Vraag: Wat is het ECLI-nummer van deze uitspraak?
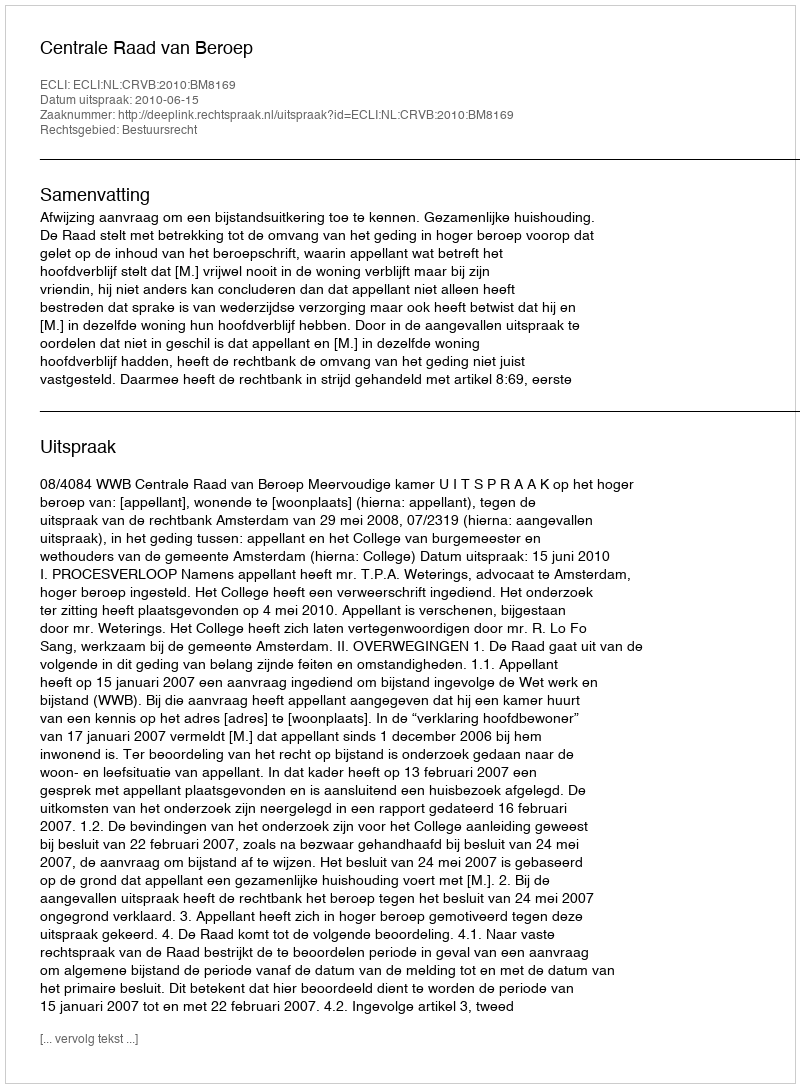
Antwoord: ECLI:NL:CRVB:2010:BM8169